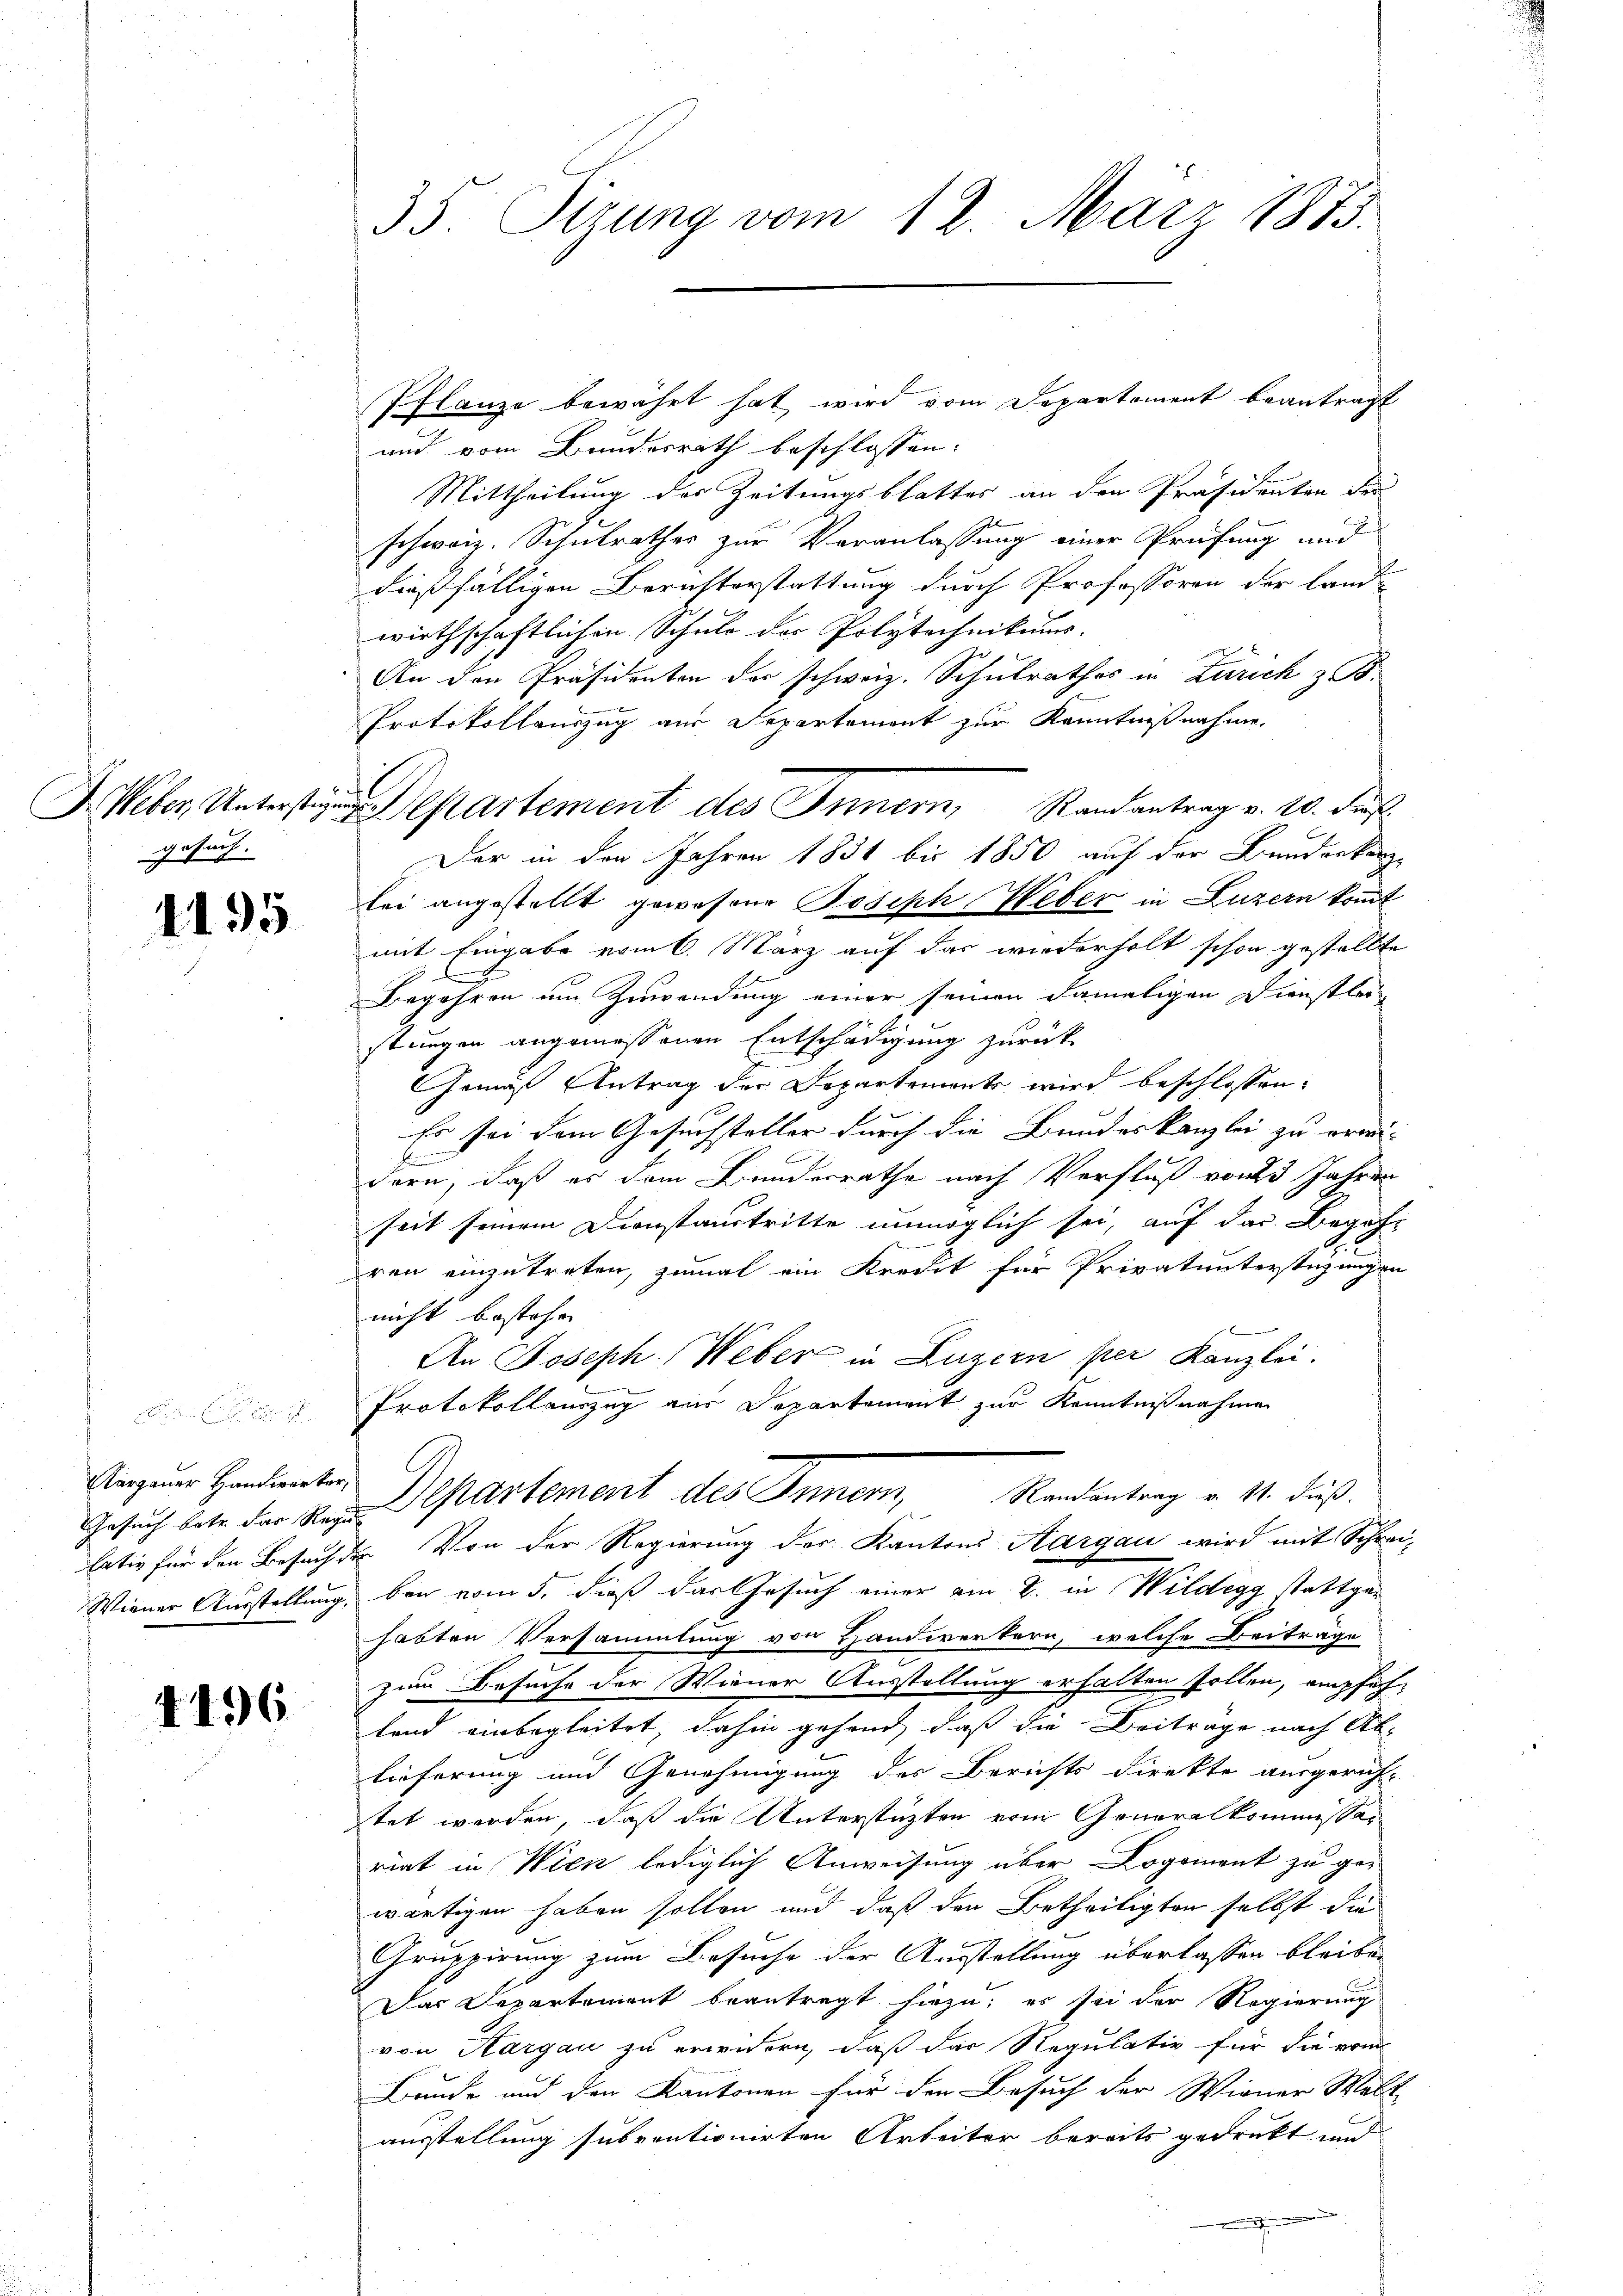
gesuch.

1195

Gesuch betr. der Regu

4196

35. Sizung vom 12. März 1873.

Pflanze bewährt hat wird vom Departement beantragt
und vom Bundesrath beschlossen:
Mittheilung der Zeitungsblatter an den Präsidenten der
schweiz. Schulrathes zur Veranlassung einer Prüfung und
dießfälligen Berichterstattung durch Professoren der Land-
wirthschaftlichen Schuld der Polytechnikums-
An den Präsidenten der schweiz. Schulrathes in Zürich z
Protokollauszug aus Departement zur Kenntnißnahme.
Heber, Unterst partement des Innern, Randantrag v. 20. Fr.
Der in den Jahren 1831 bis 1850 auf der Bunderkanzbei angestellt gewesene Poseph Weber in Luzern kommt
mit Eingabe vom 6. März auf das wiederholt schon gestellte
Begehren um Zuwendung einer seinen damaligen Dienstler
stungen angemessenen Entschädigung zurück
Gemäß Antrag der Departements wird beschlossen:
Er sei dem Gesuchsteller durch die Bundeskanzlei zu erwi¬
S
dern, daß es dem Bundesrathe nach Verfluß von 3 Jahren
seit seinem Dienstaustritte unmöglich sei, auf das Begeh-
ren einzutreten, zumal ein Kredit für Privatunterstützungen
nicht bestehen
An Joseph Weber in Luzern per Kanzlei.
Protokollauszug aus Departement zur Kenntnißnahme
Anzuum Handente Departement des Inner, Randantrag v. 14. Fuß.
lativ für den Besuch der Von der Regierung der Kantons Aargau wird mit Schrei-
Wiener Ausstellung, bei vom 5. dieß das Gesuch einer am 8. in Wildegg stattger
habten Versammlung von Handwerkern, welche Beiträge
zum Besuche der Wiener Ausstellung erhalten sollen, empfehland einbegleitet, dahin gehend, daß die Beiträge nach Ablieferung und Genehmigung der Berichts direkte ausgericht
tet werden, daß die Unterstützten vom Generalkommissan
riat in Wien lediglich Anweisung über Logoment zu ge-
wärtigen haben sollen und daß den Betheiligten selbst die
Gruppirung zum Besuche der Ausstellung überlassen bleibe
Das Departement beantragt hiezu, es sei der Regierung
von Aargau zu erwidern, daß das Regulativ für die vom
Bunde und den Kantonen für den Besuch der Wiener Welt-
ausstellung subventionirten Arbeiter bereits gedrukt und
.

¬